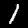
Label: 1